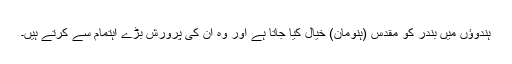
ہندوؤں میں بندر کو مقدس (ہنومان) خیال کیا جاتا ہے اور وہ ان کی پرورش بڑے اہتمام سے کرتے ہیں۔